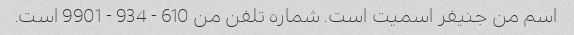
اسم من جنیفر اسمیت است. شماره تلفن من 610 - 934 - 9901 است.